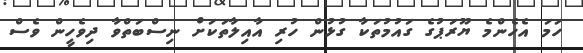
ހަމަ އެހެންމެ ޔޫރަޕުގެ ގައުމުތަކާ ގުޅުން ހުރި އާއިލާތަކަށް ނިސްބަތްވާ ދިވެހީން ވެސް